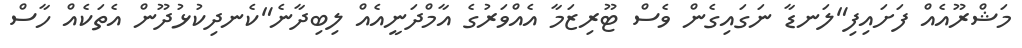
މަޝްރޫއެއް ފަށައިފި"ލަނޑާ ނަގައިގެން ވެސް ޓޫރިޒަމާ އެއްވަރުގެ އާމްދަނީއެއް ލިބިދާނެ"ކެނދިކުޅުދޫން އެތަކެއް ހާސް